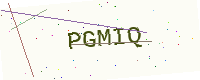
Text: PGMIQ